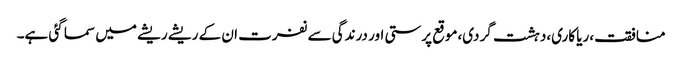
منافقت،ریا کاری،دہشت گردی،موقع پرستی اور درندگی سے نفرت ان کے ریشے ریشے میں سما گئی ہے۔